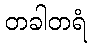
တခါတရံ